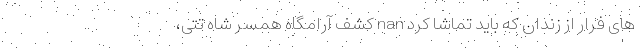
های فرار از زندان که باید تماشا کرد nan کشف آرامگاه همسر شاه تتی،